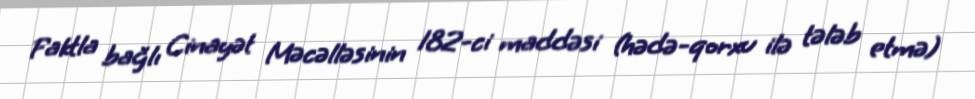
Faktla bağlı Cinayət Məcəlləsinin 182-ci maddəsi (hədə-qorxu ilə tələb etmə)